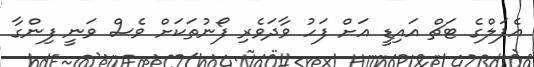
އެޕަލްގެ ޓަޗް އައިޑީ އަށް ފަހު ވާދަވެރި ފޯނުތަކަށް ވެސް ވަނީ ފިންގާ